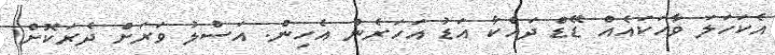
އެކަހަލަ ވާހަކައެއް ޑޭޑް ދައްކާ އަޑު އަހަރެން އެހިން. އަސްލު ވަރަށް ދެރަކޮށް